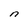
Character: n